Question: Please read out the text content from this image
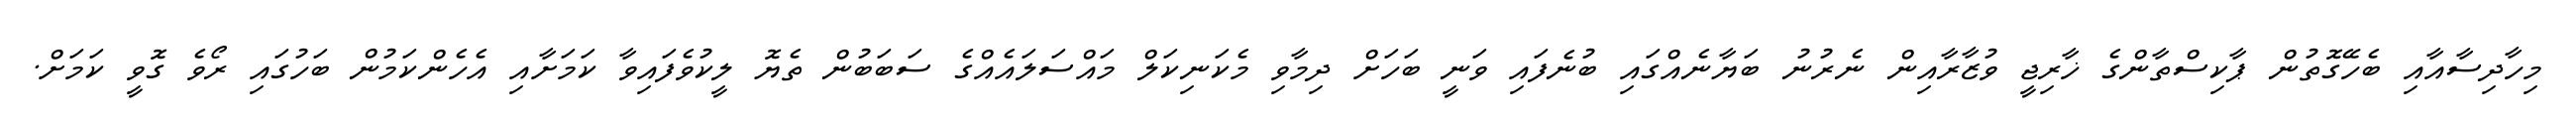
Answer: މިހާދިސާއާއި ބެހޭގޮތުން ޕާކިސްތާންގެ ޚާރިޖީ ވުޒާރާއިން ނެރުނު ބަޔާނެއްގައި ބުނެފައި ވަނީ ބަހަށް ދިމާވި މެކަނިކަލް މައްސަލައެއްގެ ސަބަބުން ތެޔޮ ލީކުވެފައިވާ ކަމަށާއި އެހެންކަމުން ބަހުގައި ރޯވެ ގޮވީ ކަމަށް.